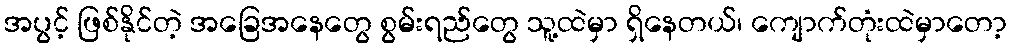
အပွင့် ဖြစ်နိုင်တဲ့ အခြေအနေတွေ စွမ်းရည်တွေ သူ့ထဲမှာ ရှိနေတယ်၊ ကျောက်တုံးထဲမှာတော့